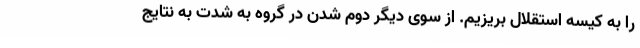
را به کیسه استقلال بریزیم. از سوی دیگر دوم شدن در گروه به شدت به نتایج